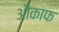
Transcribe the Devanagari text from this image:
औकाफ